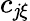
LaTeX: c_{\mathit{j}\xi}